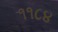
૧૧૮૪